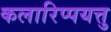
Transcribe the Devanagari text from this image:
कलारिप्पयत्तु